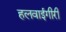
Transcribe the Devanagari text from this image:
हलवाईगीरी